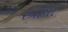
રવીયા